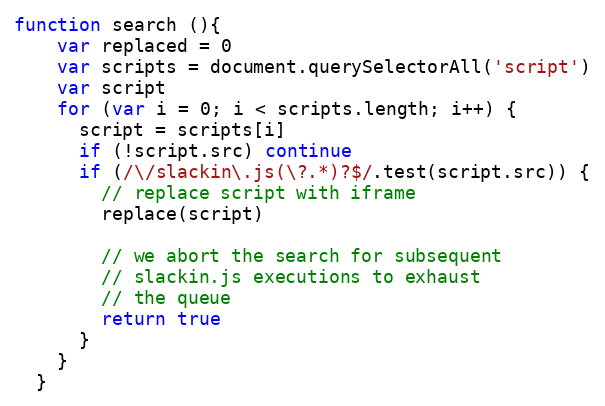
Language: JavaScript
function search (){
    var replaced = 0
    var scripts = document.querySelectorAll('script')
    var script
    for (var i = 0; i < scripts.length; i++) {
      script = scripts[i]
      if (!script.src) continue
      if (/\/slackin\.js(\?.*)?$/.test(script.src)) {
        // replace script with iframe
        replace(script)

        // we abort the search for subsequent
        // slackin.js executions to exhaust
        // the queue
        return true
      }
    }
  }